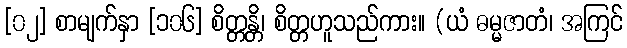
[၀၂] စာမျက်နှာ [၁၀၆] စိတ္တန္တိ၊ စိတ္တဟူသည်ကား။ (ယံ ဓမ္မဇာတံ၊ အကြင်